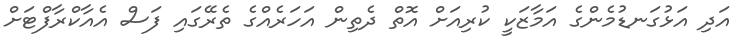
އަދި އަޅުގަނޑުމެންގެ އަމާޒަކީ ކުރިއަށް އޮތް ދެތިން އަހަރެއްގެ ތެރޭގައި ފަސް އެއާކްރާފްޓަށް